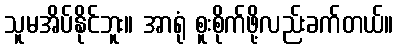
သူမအိပ်နိုင်ဘူး။ အာရုံ စူးစိုက်ဖို့လည်းခက်တယ်။